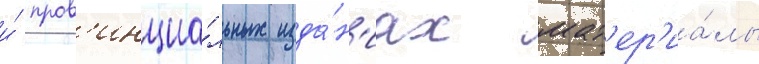
и́ пров'инциа́льных изда́н'иах мат'ер'иа́лы